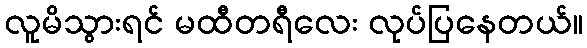
လူမိသွားရင် မထီတရီလေး လုပ်ပြနေတယ်။